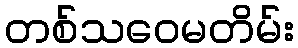
တစ်သဝေမတိမ်း